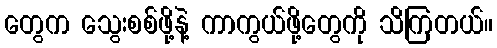
တွေက သွေးစစ်ဖို့နဲ့ ကာကွယ်ဖို့တွေကို သိကြတယ်။